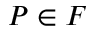
P \in F